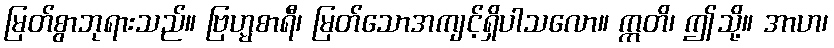
မြတ်စွာဘုရားသည်။ ဗြဟ္မစာရီ၊ မြတ်သောအကျင့်ရှိပါသလော။ ဣတိ၊ ဤသို့။ အာဟ၊